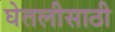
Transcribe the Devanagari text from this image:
घेतलीसाठी